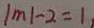
\vert m \vert - 2 = 1